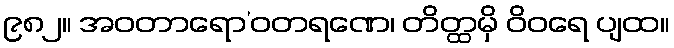
၉၈၂။ အဝတာရော’ဝတရဏေ၊ တိတ္ထမှိ ဝိဝရေ ပျထ။